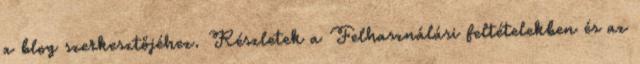
a blog szerkesztőjéhez. Részletek a Felhasználási feltételekben és az